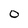
Character: O